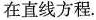
在直线方程。